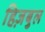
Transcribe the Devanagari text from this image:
हिज़बुल